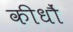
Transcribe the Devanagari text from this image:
कीधौं